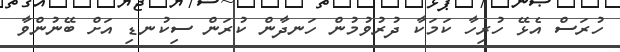
ހުރަސް އެޅޭ ހުރިހާ ކަމަކާ ދުރުވުމުން ހަނދާން ކުރަން ސިކުނޑި އަށް ބޭނުންވާ